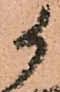
候